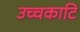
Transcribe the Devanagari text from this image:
उच्चकाटि